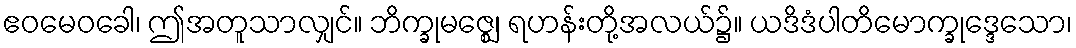
ဧဝမေဝခေါ၊ ဤအတူသာလျှင်။ ဘိက္ခုမဇ္ဈေ၊ ရဟန်းတို့အလယ်၌။ ယဒိဒံပါတိမောက္ခုဒ္ဒေသော၊